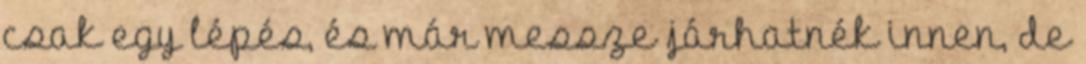
csak egy lépés, és már messze járhatnék innen, de